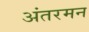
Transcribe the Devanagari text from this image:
अंतरमन